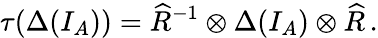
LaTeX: \tau(\Delta(I_{A}))=\widehat{R}^{-1}\otimes\Delta(I_{A})\otimes\widehat{R}\, .